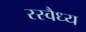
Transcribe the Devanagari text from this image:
रस्वैध्य